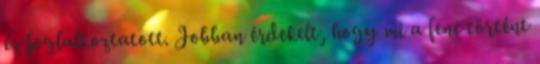
ez foglalkoztatott. Jobban érdekelt, hogy mi a fene történt